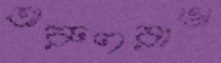
অরুণরাঙা